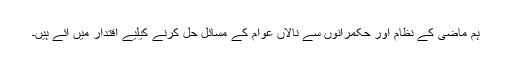
ہم ماضی کے نظام اور حکمرانوں سے نالاں عوام کے مسائل حل کرنے کیلیے اقتدار میں آئے ہیں۔